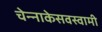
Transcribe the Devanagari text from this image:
चेन्‍नाकेसवस्‍वामी